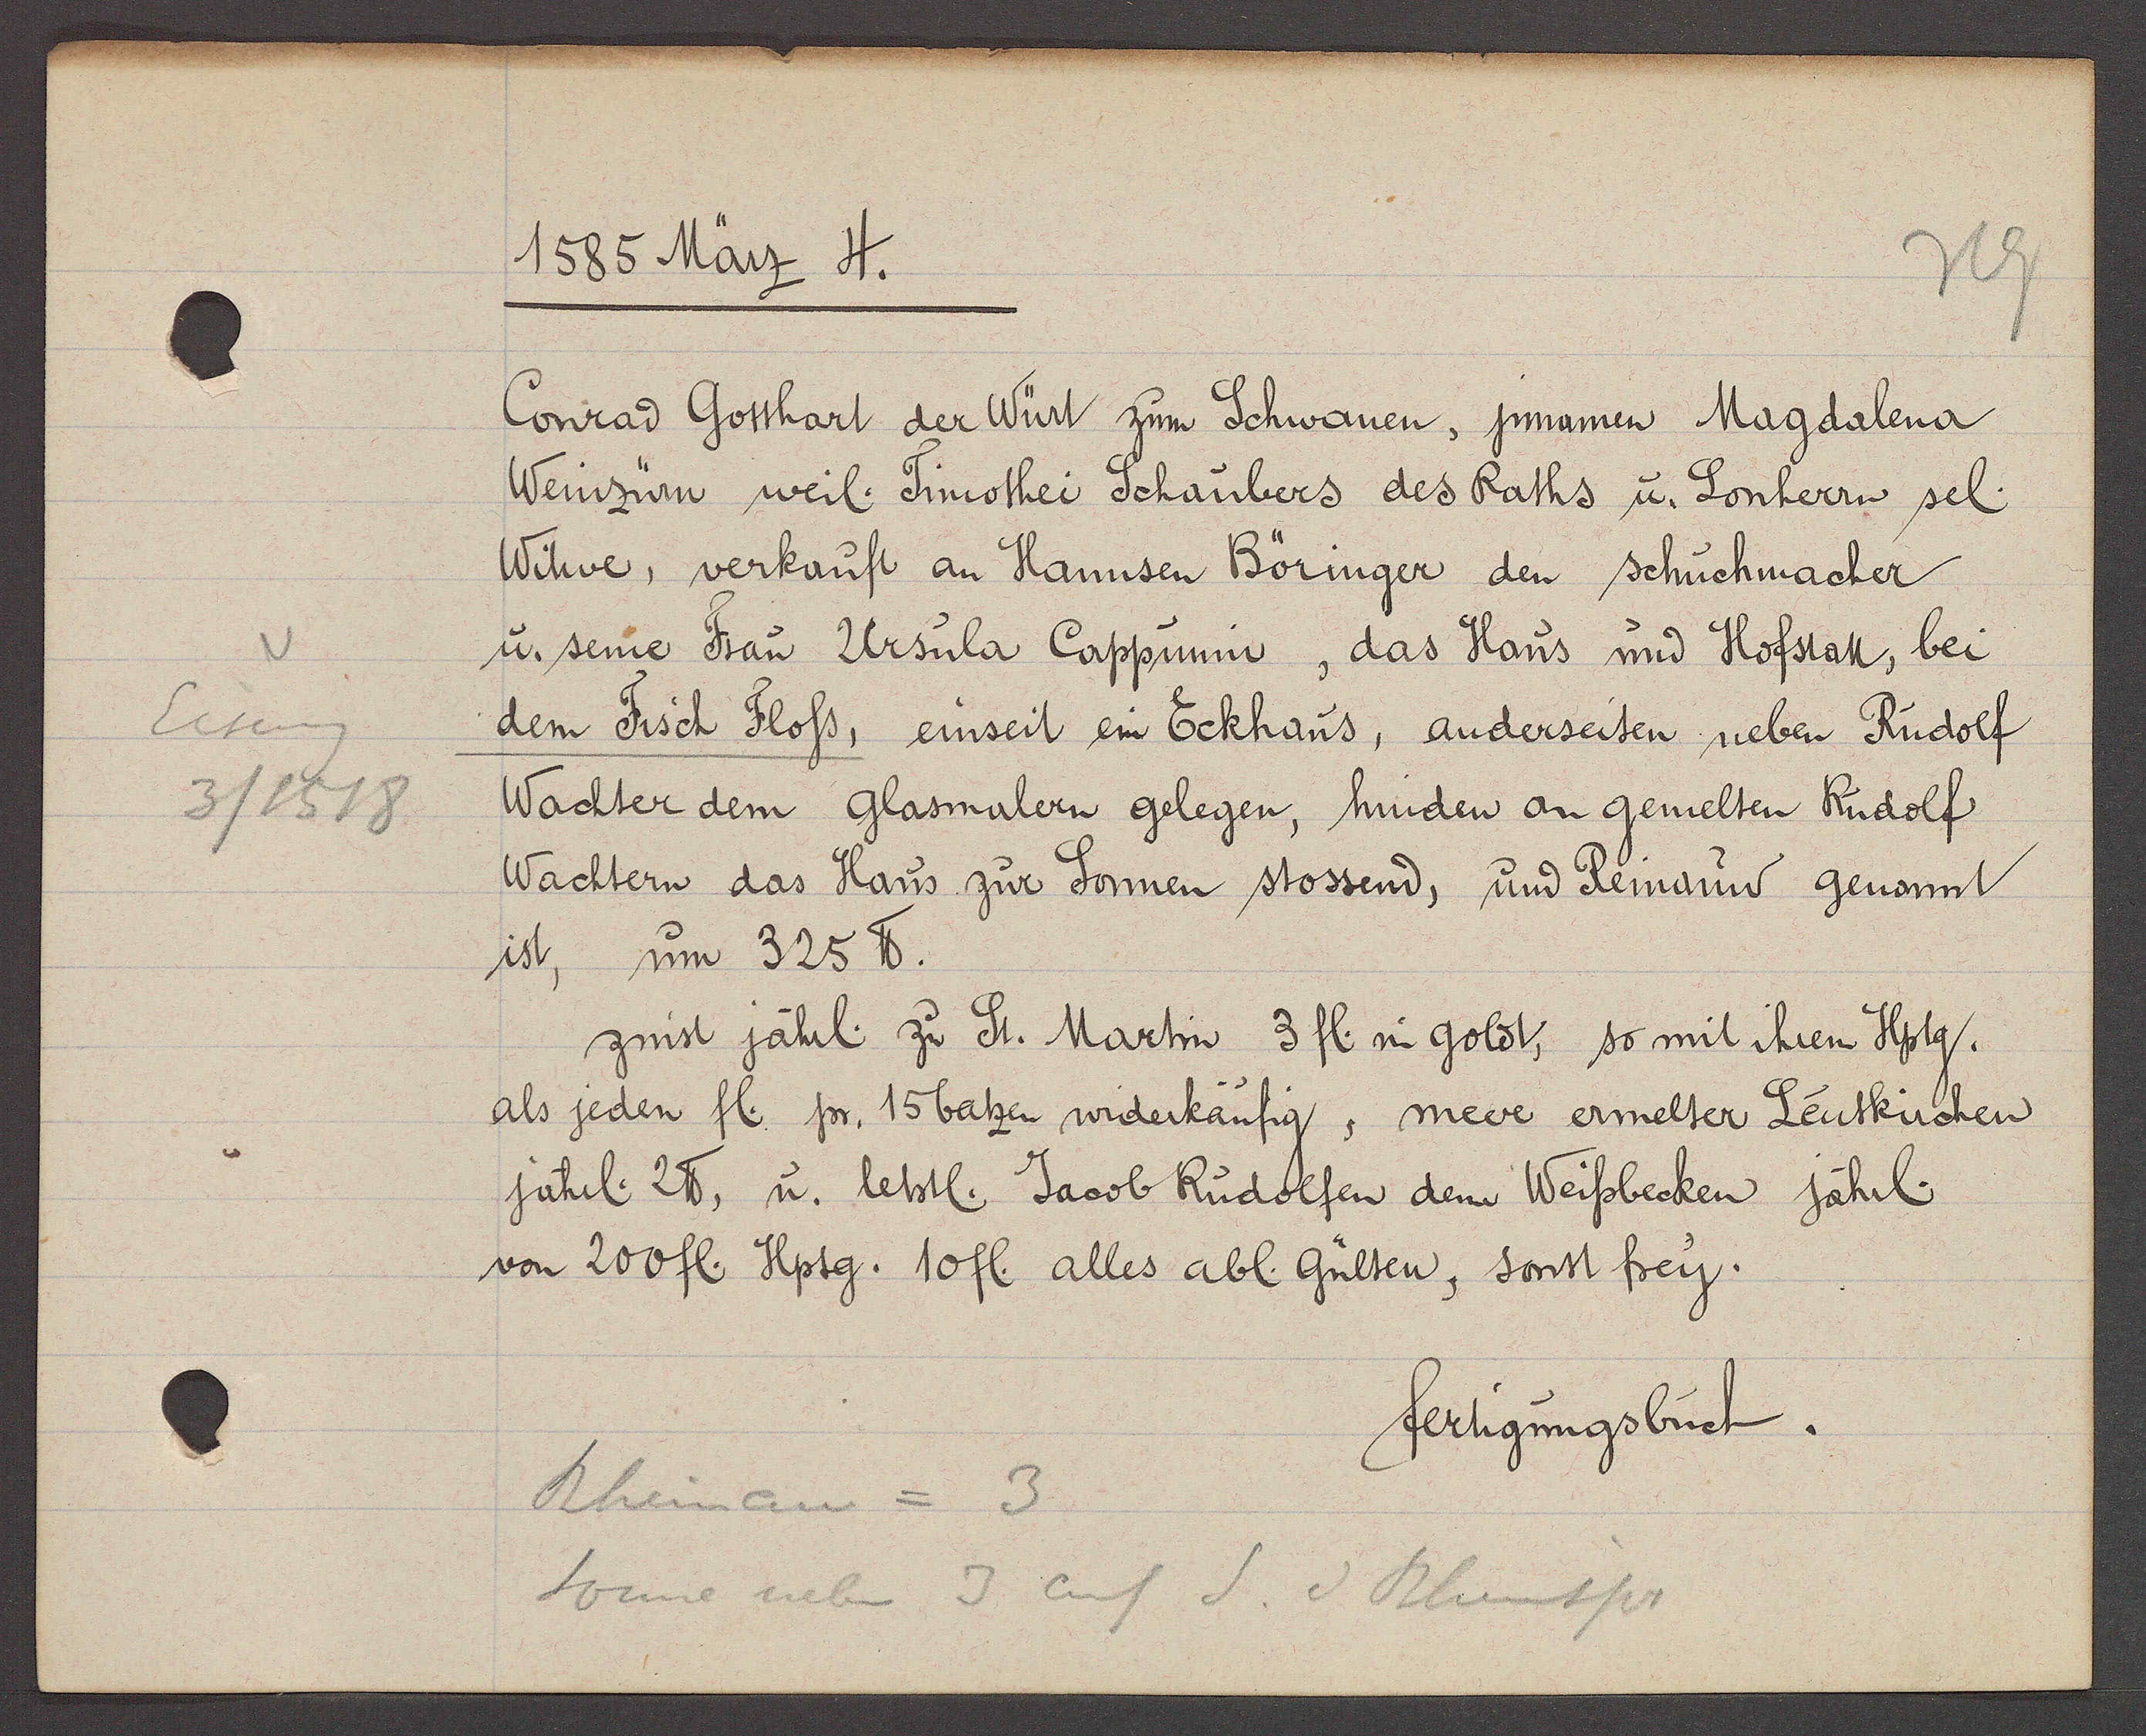
Transcript:
Eiseng
3/1518

1585 März 4.
Conrad Gotthart der Würt zum Schwanen, jnnamen Magdalena
Weinzürn weil. Timothei Schaubers des Raths u. Lonherrn sel.
Witwe, verkauft an Hannsen Böringer den schuchmacher
u. seine Frau Ursula Cappunin, das Haus und Hofstatt, bei
dem Fisch Floss einseit ein Eckhaus, anderseiten neben Rudolf
Wachter dem Glasmaler gelegen, hinden an gemelten Rudolf
Wachtern das Haus zur Sonnen stossend, und Reinauw genannt
ist, um 325 ℔.
zinst jährl. zu St. Martin 3 fl. in goldt, so mit ihrem Hptg.
als jeden fl. jn 15 batzen widerkäufig, meere ermelter Leutkirchen
jährl. 2 ℔, u. letsl. Jacob Rudolfen dem Weissbecken jählr.
von 200 fl. Hpft. 10 fl. alles abl. Gülten, sonst frey.
fertigungsbuch.
Rheinau = 3
Sonne neben 3 auf S. v Rheinspr